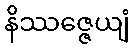
နိဿဇ္ဇေယျံ